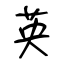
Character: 英